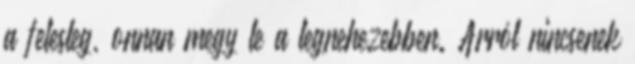
a felesleg, onnan megy le a legnehezebben. Arról nincsenek